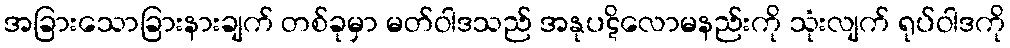
အခြားသောခြားနားချက် တစ်ခုမှာ မတ်ဝါဒသည် အနုပဋိလောမနည်းကို သုံးလျက် ရုပ်ဝါဒကို